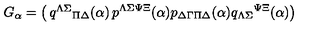
G _ { \alpha } = \left( \begin{matrix} { q ^ { \Lambda \Sigma } { } _ { \Pi \Delta } ( \alpha ) } & { p ^ { \Lambda \Sigma \Psi \Xi } ( \alpha ) } \\ { p _ { \Delta \Gamma \Pi \Delta } ( \alpha ) } & { q _ { \Lambda \Sigma } { } ^ { \Psi \Xi } ( \alpha ) } \\ \end{matrix} \right)